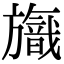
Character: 𣄞